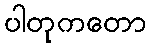
ပါတုကတော